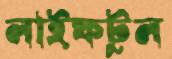
লাইফটুল